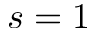
s = 1